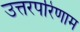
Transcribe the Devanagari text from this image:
उत्तरपरिणाम